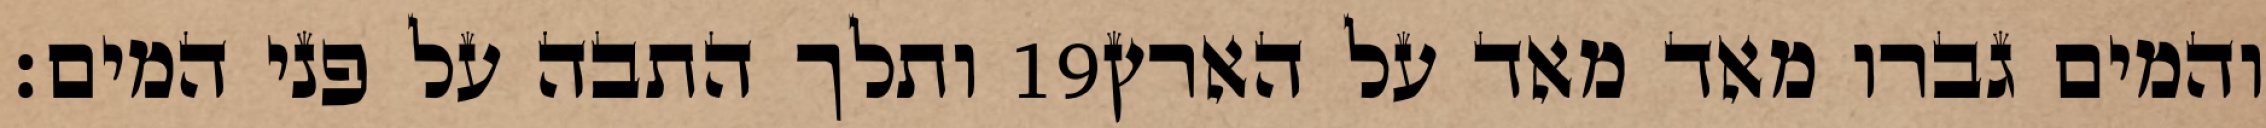
ותלך התבה על פני המים׃ ‎19‏ והמים גברו מאד מאד על הארץ